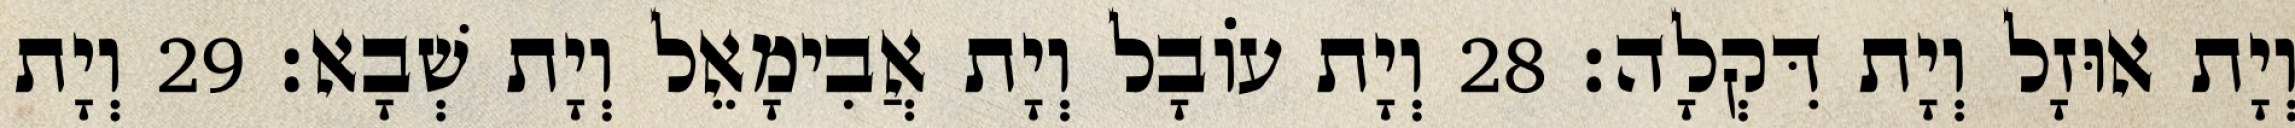
וְיָת אוּזָל וְיָת דִּקְלָה׃ 28 וְיָת עוֹבָל וְיָת אֲבִימָאֵל וְיָת שְׁבָא׃ 29 וְיָת